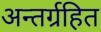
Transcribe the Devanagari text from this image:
अन्तर्ग्रहित